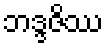
ဘဒ္ဒဇိဿ